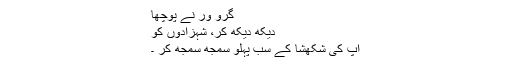
گرو ور نے پوچھا
دیکھ دیکھ کر، شہزادوں کو
آپ کی شکھشا کے سب پہلو سمجھ سمجھ کر ۔